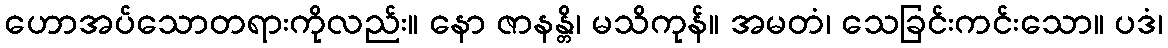
ဟောအပ်သောတရားကိုလည်း။ နော ဇာနန္တိ၊ မသိကုန်။ အမတံ၊ သေခြင်းကင်းသော။ ပဒံ၊